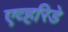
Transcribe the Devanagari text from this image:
एव्हरिडे